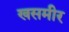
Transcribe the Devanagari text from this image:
खसमीर